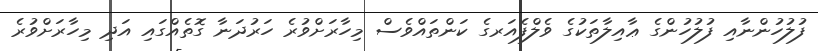
ފުލުހުންނާއި ފުލުހުންގެ ޢާއިލާތަކުގެ ވެލްފެއަރގެ ކަންތައްވެސް މިހާރަށްވުރެ ހަރުދަނާ ގޮތެއްގައި އަދި މިހާރަށްވުރެ